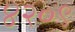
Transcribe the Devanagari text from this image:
४२०९